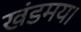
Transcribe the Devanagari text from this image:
खंडमय।